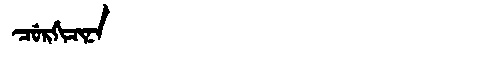
Manchu: ᠴᡠᡵᡤᡳᠴᡳᠨᠠ
Romanization: CURGICINA